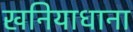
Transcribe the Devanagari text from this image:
खनियाधाना